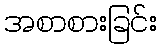
အစာစားခြင်း